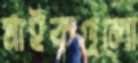
মাইকগুলো